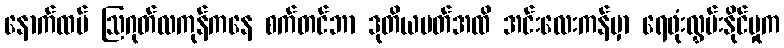
နောက်ထပ် ဩဂုတ်လကုန်ကနေ စက်တင်ဘာ ဒုတိယပတ်အထိ အင်းလေးကန်မှာ ရေဖုံးလွှမ်းနိုင်မှုက